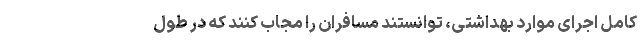
کامل اجرای موارد بهداشتی، توانستند مسافران را مجاب کنند که در طول